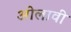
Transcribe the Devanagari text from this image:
ओलावी